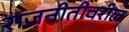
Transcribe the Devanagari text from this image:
राजनीतीवरील